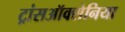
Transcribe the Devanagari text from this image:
ट्रांसऑक्सेनिया